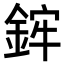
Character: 𨦭